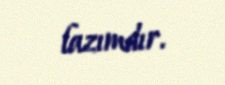
lazımdır.